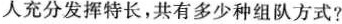
人充分发挥特长，共有多少种组队方式?